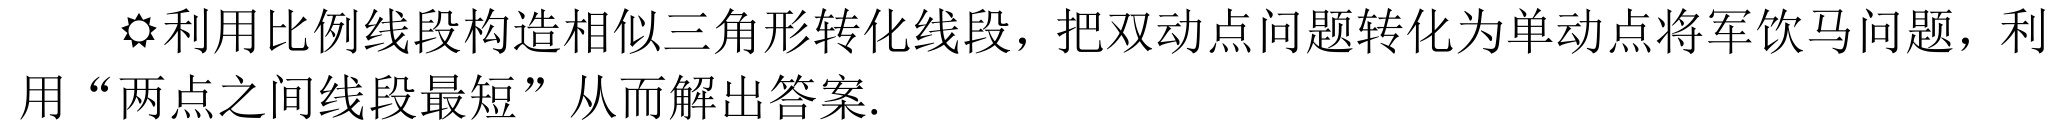
⚑利用比例线段构造相似三角形转化线段，把双动点问题转化为单动点将军饮马问题，利用“两点之间线段最短”从而解出答案.